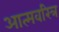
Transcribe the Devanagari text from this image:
आत्मवरित्र